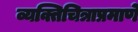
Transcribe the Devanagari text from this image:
व्यक्तिचित्राप्रमाणे